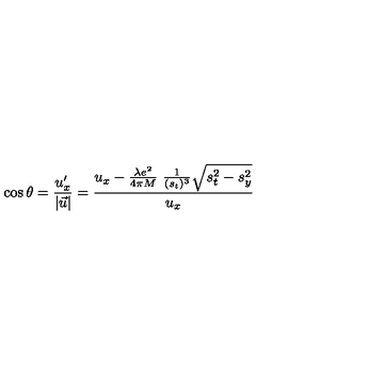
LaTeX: \cos \theta = \frac { u _ { x } ^ { \prime } } { | \vec { u } | } = \frac { u _ { x } - \frac { \lambda e ^ { 2 } } { 4 \pi M } \ \frac { 1 } { ( s _ { t } ) ^ { 3 } } \sqrt { s _ { t } ^ { 2 } - s _ { y } ^ { 2 } } } { u _ { x } }